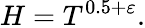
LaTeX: H=T^{0.5+\varepsilon}.